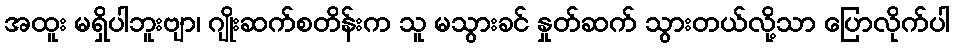
အထူး မရှိပါဘူးဗျာ၊ ဂျိုးဆက်စတိန်းက သူ မသွားခင် နှုတ်ဆက် သွားတယ်လို့သာ ပြောလိုက်ပါ